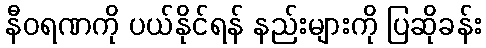
နီဝရဏကို ပယ်နိုင်ရန် နည်းများကို ပြဆိုခန်း